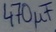
Text: 470µF